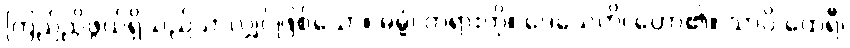
ကြည်ညိုဖွယ်ရှိသည်သာလျှင်ဖြစ်သော။ ဓမ္မံ၊ တရားကို။ ဒေသေတိ၊ ဟော၏။ သာပိ ထေရီ၊